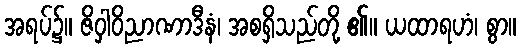
အရပ်၌။ ဇိဝှါဝိညာဏာဒီနံ၊ အစရှိသည်တို့ ၏။ ယထာရဟံ၊ စွာ။